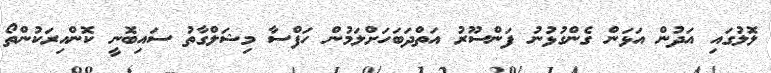
ލޮލުގައި އަދުން އަޅަން ގެންގުޅުނު ފަންސޫރު އަތްދަބަހަށްލަމުން ހަފްސާ މިޝަލްގާތު ސައިބޮނީ ކޮންއިރަކުންތޯ